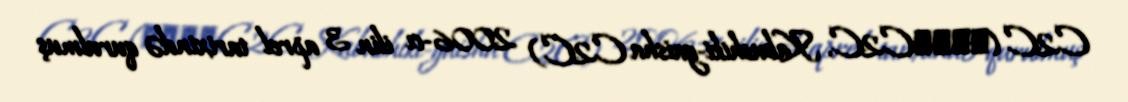
C2C (株式会社C2C, Kabushiki-gaisha C2C) 2006-cı ilin 3 aprel tarixində qurulmuş